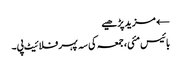
← مزید پڑھیے
بائیس مئی، جمعہ کی سہ پہر فلائیٹ پی۔